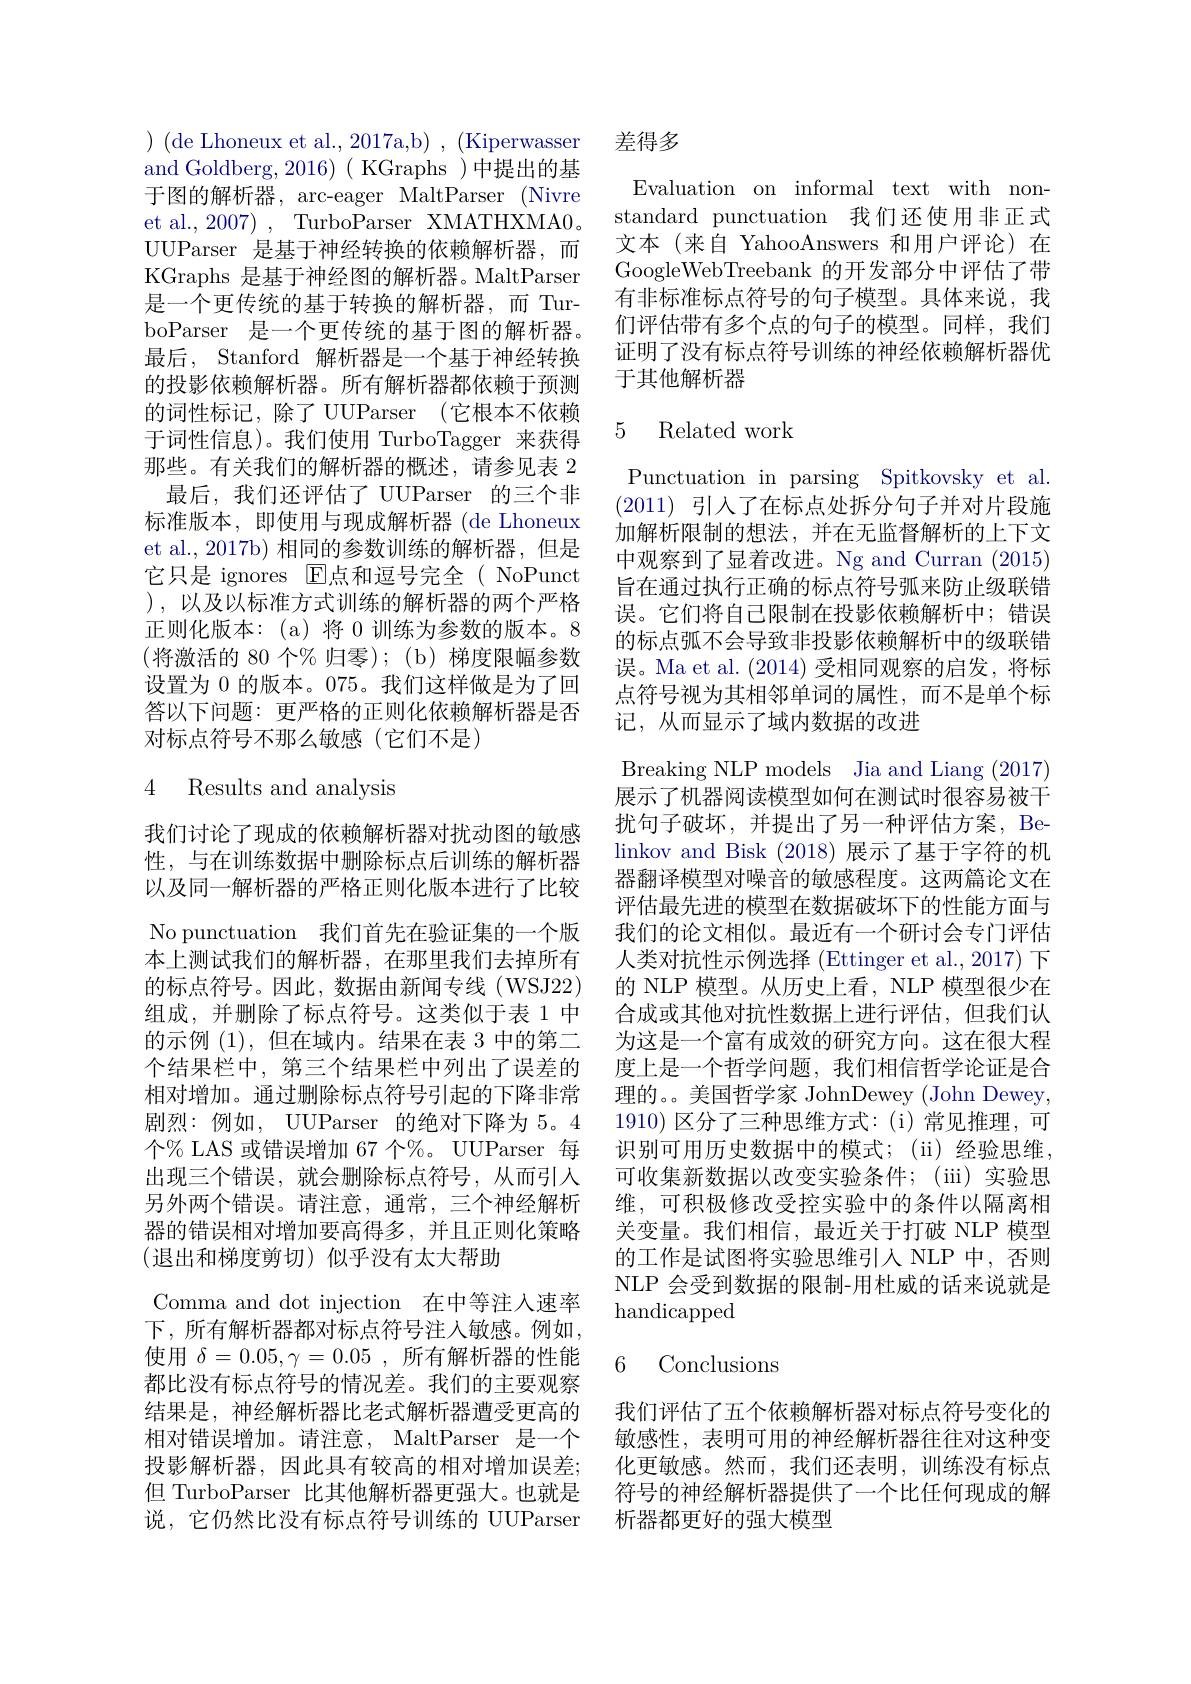
) ( de Lhoneux et al. , 2017a, b) , ( Kiperwasser and Goldberg, 2016)( KGraphs )中提出的基于图的解析器，arc-eager MaltParser (Nivre et al., 2007) , TurboParser XMATHXMA0。UUParser 是基于神经转换的依赖解析器，而KGraphs 是基于神经图的解析器。MaltParser 是一个更传统的基于转换的解析器，而 TurboParser 是一个更传统的基于图的解析器。最后，Stanford 解析器是一个基于神经转换的投影依赖解析器。所有解析器都依赖于预测的词性标记，除了 UUParser (它根本不依赖于词性信息)。我们使用 TurboTagger 来获得那些。有关我们的解析器的概述，请参见表 2
最后，我们还评估了 UUParser 的三个非标准版本，即使用与现成解析器 (de Lhoneux et al., 2017b) 相同的参数训练的解析器，但是它只是 ignores El点和逗号完全( NoPunct ),以及以标准方式训练的解析器的两个严格正则化版本：(a)将 0 训练为参数的版本。8 (将激活的 80 个% 归零); (b) 梯度限幅参数设置为 0 的版本。075。我们这样做是为了回答以下问题：更严格的正则化依赖解析器是否对标点符号不那么敏感(它们不是)

## 4 Results and analysis

我们讨论了现成的依赖解析器对扰动图的敏感性，与在训练数据中删除标点后训练的解析器以及同一解析器的严格正则化版本进行了比较No punctuation 我们首先在验证集的一个版本上测试我们的解析器，在那里我们去掉所有的标点符号。因此，数据由新闻专线(WSJ22) 组成，并删除了标点符号。这类似于表 1 中的示例(1),但在域内。结果在表 3 中的第二个结果栏中，第三个结果栏中列出了误差的相对增加。通过删除标点符号引起的下降非常剧烈：例如，UUParser 的绝对下降为 5。4个% LAS 或错误增加 67 个%。UUParser 每出现三个错误，就会删除标点符号，从而引入另外两个错误。请注意，通常，三个神经解析器的错误相对增加要高得多，并且正则化策略(退出和梯度剪切)似乎没有太大帮助
Comma and dot injection 在中等注入速率下，所有解析器都对标点符号注入敏感。例如， 使用$\delta=0.05,\gamma=0.05$,所有解析器的性能都比没有标点符号的情况差。我们的主要观察结果是，神经解析器比老式解析器遭受更高的相对错误增加。请注意，MaltParser 是一个投影解析器，因此具有较高的相对增加误差；化更敏感。然而，我们还表明，训练没有标点但 TurboParser 比其他解析器更强大。也就是 符号的神经解析器提供了一个比任何现成的解说，它仍然比没有标点符号训练的 UUParser

## 差得多

Evaluation on informal text with nonstandard punctuation 我们还使用非正式文本(来自 YahooAnswers 和用户评论)在GoogleWebTreebank 的开发部分中评估了带有非标准标点符号的句子模型。具体来说，我们评估带有多个点的句子的模型。同样，我们证明了没有标点符号训练的神经依赖解析器优于其他解析器

## 5 Related work

Punctuation in parsing Spitkovsky et al. (2011)引入了在标点处拆分句子并对片段施加解析限制的想法，并在无监督解析的上下文中观察到了显着改进。Ng and Curran (2015) 旨在通过执行正确的标点符号弧来防止级联错误。它们将自己限制在投影依赖解析中；错误的标点弧不会导致非投影依赖解析中的级联错误。Ma et al. (2014)受相同观察的启发，将标点符号视为其相邻单词的属性，而不是单个标记，从而显示了域内数据的改进
Breaking NLP models Jia and Liang (2017) 展示了机器阅读模型如何在测试时很容易被干扰句子破坏，并提出了另一种评估方案，Belinkov and Bisk (2018)展示了基于字符的机器翻译模型对噪音的敏感程度。这两篇论文在评估最先进的模型在数据破坏下的性能方面与我们的论文相似。最近有一个研讨会专门评估人类对抗性示例选择 (Ettinger et al., 2017) 下的 NLP 模型。从历史上看，NLP 模型很少在合成或其他对抗性数据上进行评估，但我们认为这是一个富有成效的研究方向。这在很大程度上是一个哲学问题，我们相信哲学论证是合理的。美国哲学家 JohnDewey (John Dewey, 1910)区分了三种思维方式：(i)常见推理，可识别可用历史数据中的模式；(ii)经验思维， 可收集新数据以改变实验条件；(iii)实验思维，可积极修改受控实验中的条件以隔离相关变量。我们相信，最近关于打破 NLP 模型的工作是试图将实验思维引人 NLP 中，否则NLP 会受到数据的限制-用杜威的话来说就是handicapped
6 Conclusions

我们评估了五个依赖解析器对标点符号变化的敏感性，表明可用的神经解析器往往对这种变析器都更好的强大模型